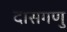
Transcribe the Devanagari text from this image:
दासगणु